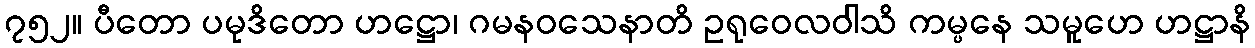
၇၅၂။ ပီတော ပမုဒိတော ဟဋ္ဌော၊ ဂမနဝသေနာတိ ဥရုဝေလဝါသိ ကမ္ပနေ သမူဟေ ဟဋ္ဌာနိ